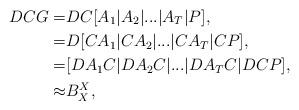
LaTeX: \begin{align*} DCG=&DC[A_1|A_2|...|A_T|P],\\=&D[CA_1|CA_2|...|CA_T|CP],\\=&[DA_1C|DA_2C|...|DA_TC|DCP],\\\approx& B_X^X,\end{align*}